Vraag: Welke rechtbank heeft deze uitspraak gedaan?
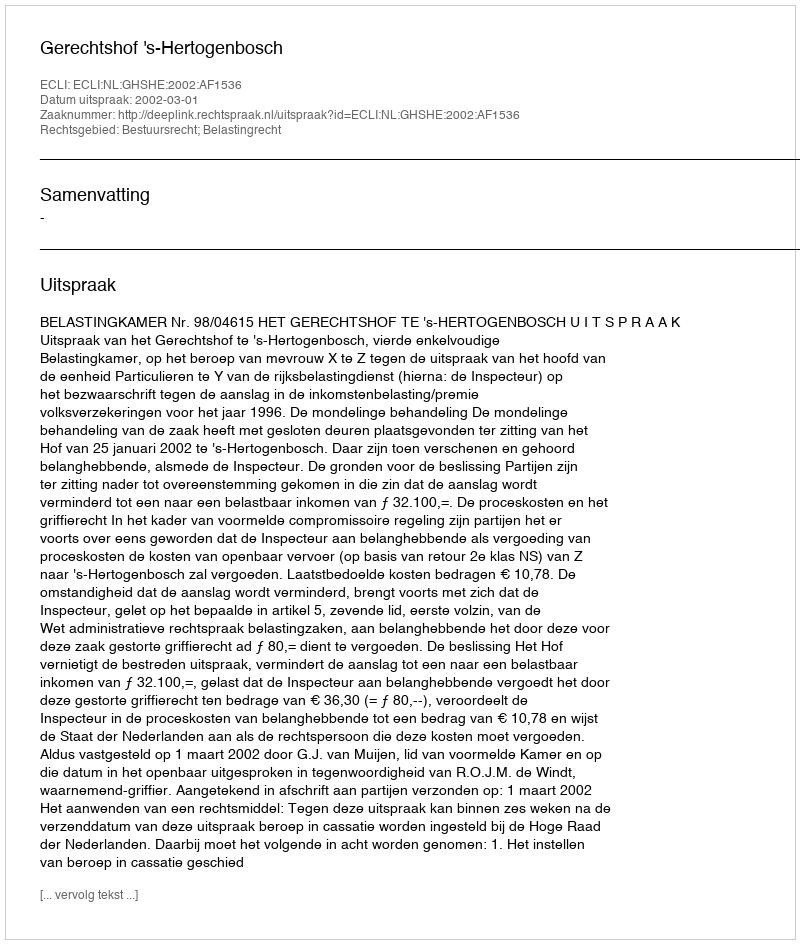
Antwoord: Gerechtshof 's-Hertogenbosch